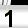
Digit: 1